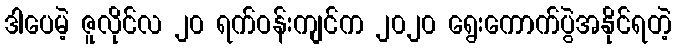
ဒါပေမဲ့ ဇူလိုင်လ ၂၀ ရက်ဝန်းကျင်က ၂၀၂၀ ရွေးကောက်ပွဲအနိုင်ရတဲ့